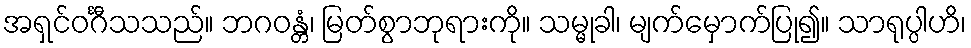
အရှင်ဝင်္ဂီသသည်။ ဘဂဝန္တံ၊ မြတ်စွာဘုရားကို။ သမ္မုခါ၊ မျက်မှောက်ပြု၍။ သာရုပ္ပါဟိ၊